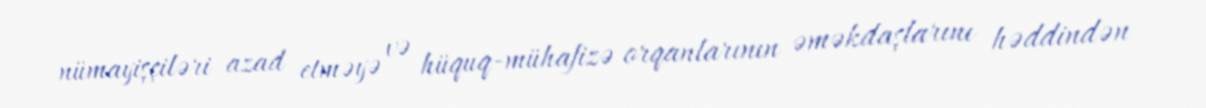
nümayişçiləri azad etməyə və hüquq-mühafizə orqanlarının əməkdaşlarını həddindən